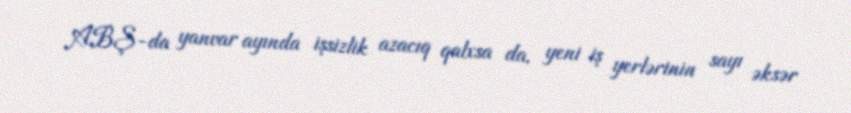
ABŞ-da yanvar ayında işsizlik azacıq qalxsa da, yeni iş yerlərinin sayı əksər